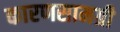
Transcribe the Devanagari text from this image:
कारणसामग्री